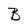
Character: B